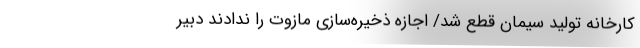
کارخانه تولید سیمان قطع شد/ اجازه ذخیره‌سازی مازوت را ندادند دبیر